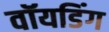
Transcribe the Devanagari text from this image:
वॉयडिंग